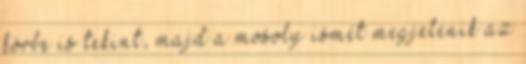
körbe is tekint, majd a mosoly ismét megjelenik az